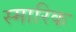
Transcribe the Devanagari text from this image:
स्मारिक